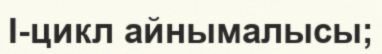
І-цикл айнымалысы;